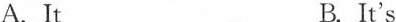
A.It B. It's